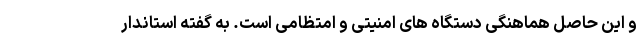
و این حاصل هماهنگی دستگاه های امنیتی و امتظامی است. به گفته استاندار